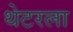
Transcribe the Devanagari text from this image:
थेटरला